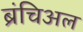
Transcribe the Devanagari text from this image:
ब्रंचिअल